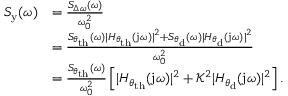
\begin{array} { r l } { S _ { \mathrm { y } } ( \omega ) } & { = \frac { S _ { \Delta \omega } ( \omega ) } { \omega _ { 0 } ^ { 2 } } } \\ & { = \frac { S _ { \theta _ { \mathrm { t h } } } ( \omega ) | H _ { \theta _ { \mathrm { t h } } } ( \mathrm { j } \omega ) | ^ { 2 } + S _ { \theta _ { \mathrm { d } } } ( \omega ) | H _ { \theta _ { \mathrm { d } } } ( \mathrm { j } \omega ) | ^ { 2 } } { \omega _ { 0 } ^ { 2 } } } \\ & { = \frac { S _ { \theta _ { \mathrm { t h } } } ( \omega ) } { \omega _ { 0 } ^ { 2 } } \left[ | H _ { \theta _ { \mathrm { t h } } } ( \mathrm { j } \omega ) | ^ { 2 } + \mathcal { K } ^ { 2 } | H _ { \theta _ { \mathrm { d } } } ( \mathrm { j } \omega ) | ^ { 2 } \right] . } \end{array}